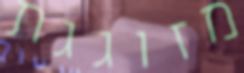
מזוגגת